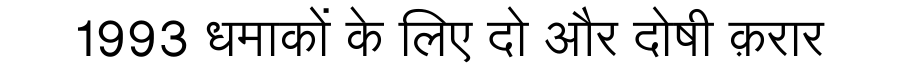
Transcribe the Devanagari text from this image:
1993 धमाकों के लिए दो और दोषी क़रार